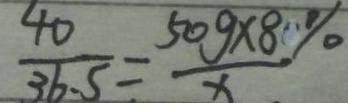
\frac { 4 0 } { 3 6 . 5 } = \frac { 5 0 g \times 8 \% } { x }